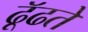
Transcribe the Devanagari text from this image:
ढूॅढते